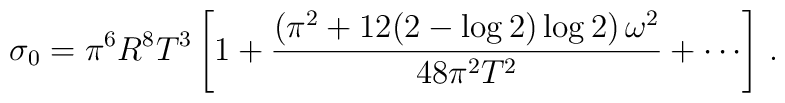
\sigma_0 = \pi^6 R^8 T^3 \left[ 1 + \frac{\left(\pi^2+12(2-\log{2})\log{2}\right)\omega^2}{48\pi^2 T^2} + \cdots \right]\,.